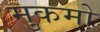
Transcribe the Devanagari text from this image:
मुकमो